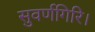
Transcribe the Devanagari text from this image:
सुवर्णगिरि।